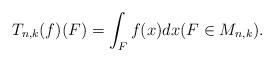
LaTeX: \begin{align*} T_{n,k}(f)(F) = \int_F f(x) dx (F\in M_{n,k}).\end{align*}